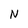
Character: N